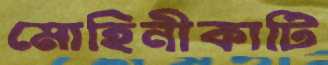
মোহিনীকাটি